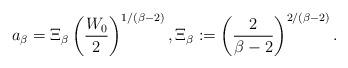
LaTeX: \begin{align*}a_{\beta} = \Xi_{\beta} \left(\frac{W_{0}}{2}\right)^{1/(\beta-2)}, \Xi_{\beta} := \left(\frac{2}{\beta-2}\right)^{2/(\beta-2)}.\end{align*}